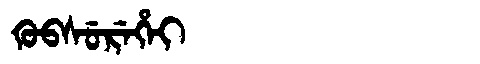
Manchu: ᡴᡠᠪᠰᡠᡵᡝᡥᡝᡳ
Romanization: KUBSUREHEI